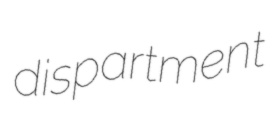
dispartment